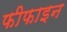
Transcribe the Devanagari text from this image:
फीफाइन